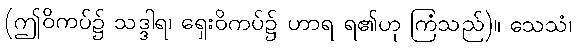
(ဤဝိကပ်၌ သဒ္ဒါရ၊ ရှေးဝိကပ်၌ ဟာရ ရ၏ဟု ကြံသည်)။ သေသံ၊